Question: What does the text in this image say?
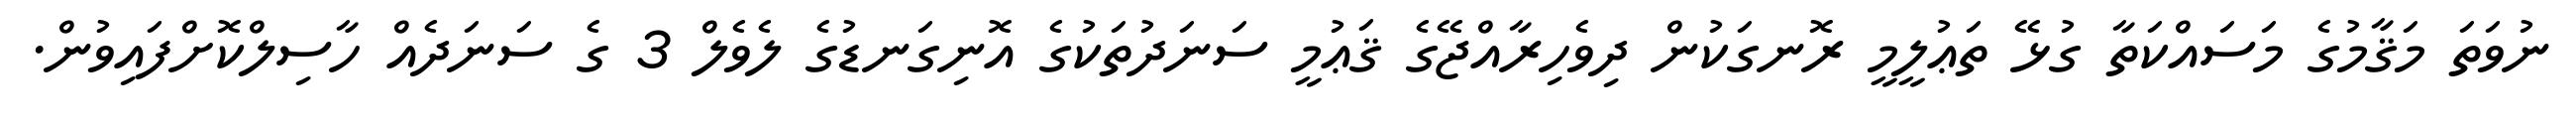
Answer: ނުވަތަ މަޤާމުގެ މަސައްކަތާ ގުޅޭ ތަޢުލީމީ ރޮނގަކުން ދިވެހިރާއްޖޭގެ ޤަޢުމީ ސަނަދުތަކުގެ އޮނިގަނޑުގެ ލެވެލް 3 ގެ ސަނަދެއް ހާސިލްކޮށްފައިވުން.